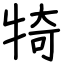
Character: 犄